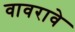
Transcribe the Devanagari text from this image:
वावरावे